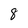
Character: 8